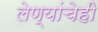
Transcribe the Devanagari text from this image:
लेण्यांचेही